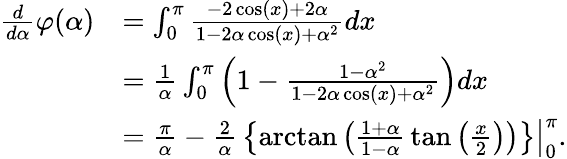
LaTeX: {\begin{array}{rl}{{\frac{d}{d\alpha}}\varphi(\alpha)}&{=\int_{0}^{\pi}{\frac{-2\cos(x)+2\alpha}{1-2\alpha\cos(x)+\alpha^{2}}}dx}\\ &{={\frac{1}{\alpha}}\int_{0}^{\pi}\left(1-{\frac{1-\alpha^{2}}{1-2\alpha\cos(x)+\alpha^{2}}}\right)dx}\\ &{=\left.{\frac{\pi}{\alpha}}-{\frac{2}{\alpha}}\left\{ \arctan\left({\frac{1+\alpha}{1-\alpha}}\tan\left({\frac{x}{2}}\right)\right)\right\} \right|_{0}^{\pi}.}\end{array}}